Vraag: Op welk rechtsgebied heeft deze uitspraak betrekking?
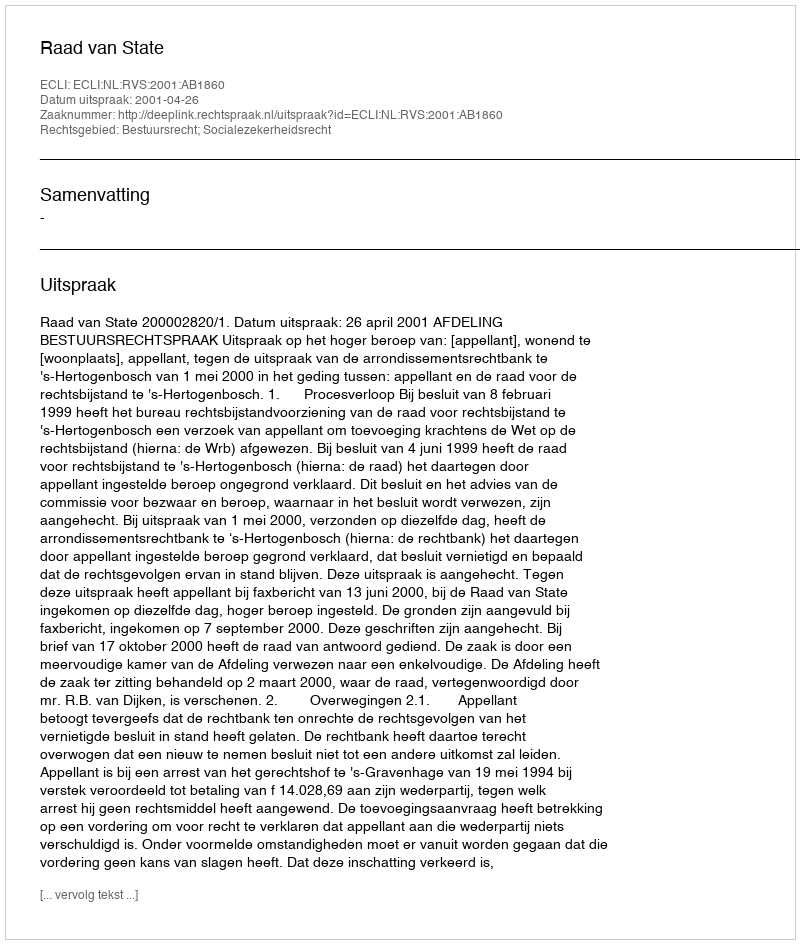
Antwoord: Bestuursrecht; Socialezekerheidsrecht